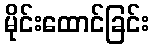
မိုင်းထောင်ခြင်း